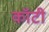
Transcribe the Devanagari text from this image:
कॉटी